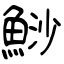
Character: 鯋